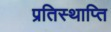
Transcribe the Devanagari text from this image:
प्रतिस्थाप्ति